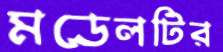
মডেলটির